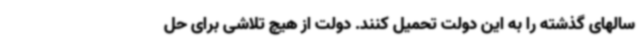
سالهای گذشته را به این دولت تحمیل کنند. دولت از هیچ تلاشی برای حل